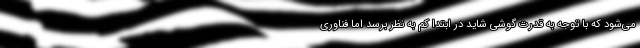
می‌شود که با توجه به قدرت گوشی شاید در ابتدا کم به نظر برسد اما فناوری